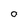
Character: o